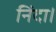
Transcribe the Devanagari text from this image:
निंदा।